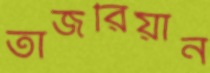
তাজরিয়ান